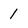
Character: 1